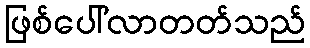
ဖြစ်ပေါ်လာတတ်သည်